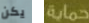
يكن حماية